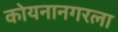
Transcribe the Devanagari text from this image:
कोयनानगरला